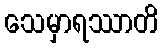
သေမှာရဿာတိ